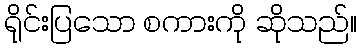
ရိုင်းပြသော စကားကို ဆိုသည်။